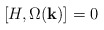
\begin{align*}[H, \Omega({\bf k})] = 0\end{align*}